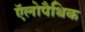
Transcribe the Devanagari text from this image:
ऍलोपैथिक